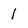
Character: 1